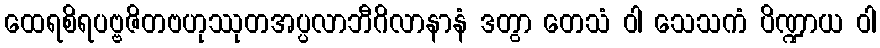
ထေရစိရပဗ္ဗဇိတဗဟုဿုတအပ္ပလာဘီဂိလာနာနံ ဒတွာ တေသံ ဝါ သေသကံ ပိဏ္ဍာယ ဝါ